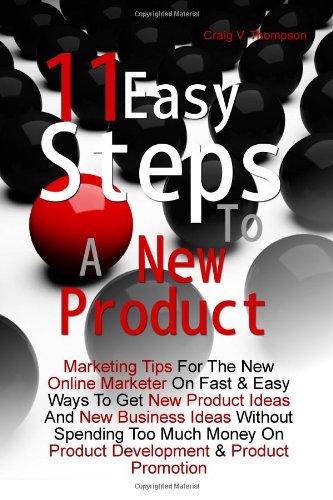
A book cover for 11 Easy Steps To A New Product: Marketing Tips For The New Online Marketer On Fast & Easy Ways To Get New Product Ideas And New Business Ideas Without ... On Product Development & Product Promotion; Craig V. Thompson; Computers & Technology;